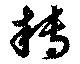
轉